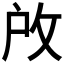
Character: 𢼄